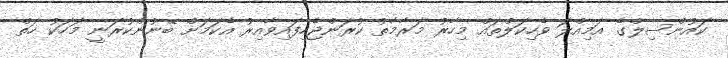
ކައުންސިލްގެ އަމިއްލަ ވެހިކަލްތައް މިހާރު މަރާމާތު ކުރަންޖެހިފައިވާއިރު އެކަމަށް ބޭނުންކުރަނީ މަހަކު ހަތް